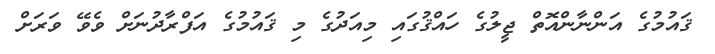
ޤައުމުގެ އަންނާންއޮތް ޖީލުގެ ހައްޤުގައި މިއަދުގެ މި ޤައުމުގެ އަފްރާދުނަށް ވެވޭ ވަރަށް